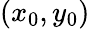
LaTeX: \left({x_{0},y_{0}}\right)